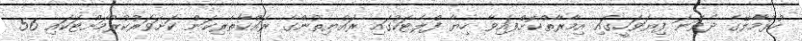
ހުޅުމާލޭގެ ދެވަނަ ފިޔަވަހީގައި އިމާރާތްކޮށްފައިވާ ހިޔާ ފްލެޓަކުގައި ރައްޔިތުންގެ ރައްކާތެރިކަން ކަށަވަރުކުރުމަށްޓަކައި 56